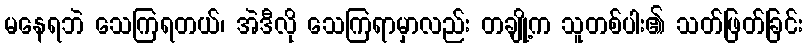
မနေရဘဲ သေကြရတယ်၊ အဲဒီလို သေကြရာမှာလည်း တချို့က သူတစ်ပါး၏ သတ်ဖြတ်ခြင်း